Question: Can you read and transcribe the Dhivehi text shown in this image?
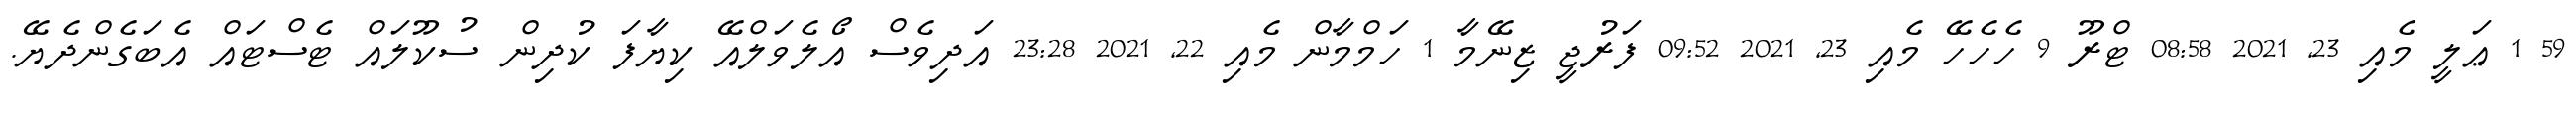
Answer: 59 1 ޢަލީ މެއި 23, 2021 08:58 ޓްރޫ 9 ހެހެހޭ މެއި 23, 2021 09:52 ފަރުޖީ ޒިނޭމާ 1 ހަމްމާން މެއި 22, 2021 23:28 އަދިވެސް އޯލެވަލްއޭ ކިޔާފަ ކުދިން ސުކޫލައް ޓެސްޓައް އެބަގެންދެޔޭ.